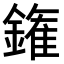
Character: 𨫝